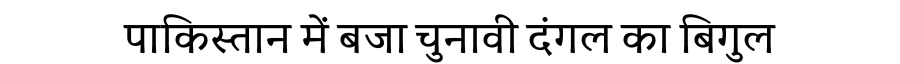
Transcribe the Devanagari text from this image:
पाकिस्तान में बजा चुनावी दंगल का बिगुल